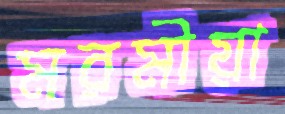
মরমীয়া